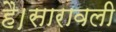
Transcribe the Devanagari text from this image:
है।सारावली